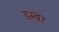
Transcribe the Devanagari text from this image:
डम्‍बर